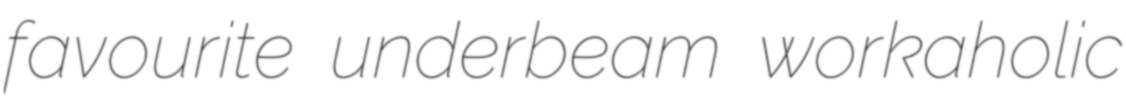
favourite underbeam workaholic